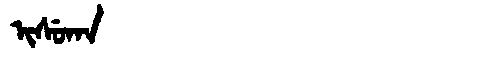
Manchu: ᡳᠰᡠᡴᠠ
Romanization: ISUKA